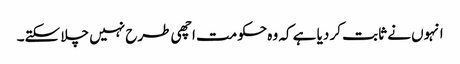
انہوں نے ثابت کر دیا ہے کہ وہ حکومت اچھی طرح نہیں چلا سکتے۔